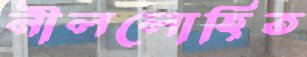
নীললোহিত